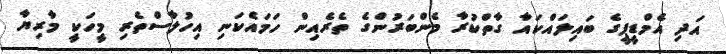
އަދި އެމްޑީޕީގެ ބައިލައްކައާ ގާތްކުރާ މެންބަރުންގެ ތެރެއިން ހަމައެކަނި އިހުލާސްތެރި މީހަކީ މާރިޔާ